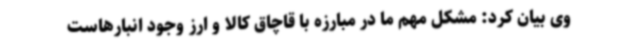
وی بیان کرد: مشکل مهم ما در مبارزه با قاچاق کالا و ارز وجود انبارهاست